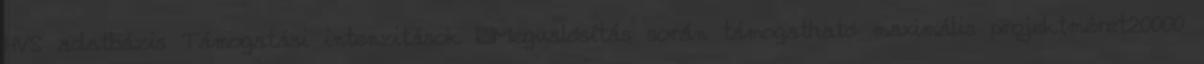
HVS adatbázis Támogatási intenzitások ▪Megvalósítás során támogatható maximális projektméret20000